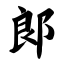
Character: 郎